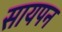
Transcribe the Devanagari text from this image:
सायपन